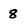
Character: 8